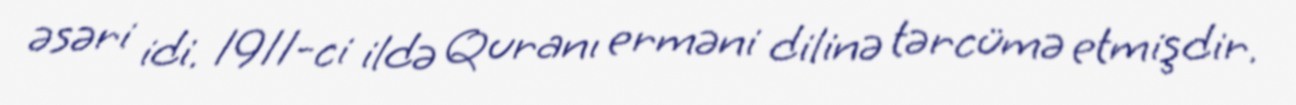
əsəri idi. 1911-ci ildə Quranı erməni dilinə tərcümə etmişdir.